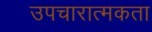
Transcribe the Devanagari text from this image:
उपचारात्मकता